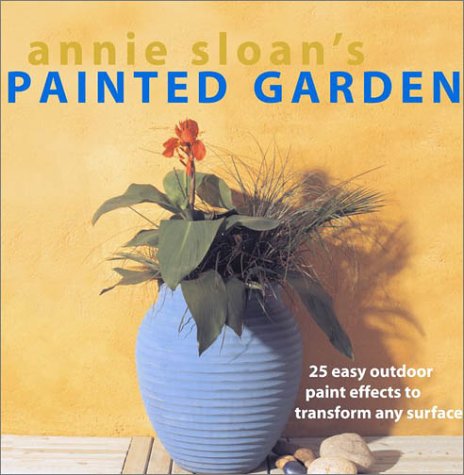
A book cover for Annie Sloan's Painted Garden: 25 Easy Outdoor Paint Effects to Transform Any Surface; Annie Sloan; Crafts, Hobbies & Home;